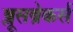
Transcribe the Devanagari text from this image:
ब्लूसब्रेकर्स